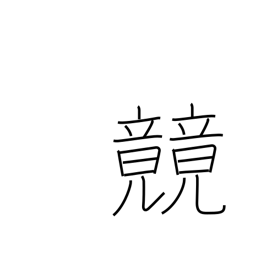
Meaning: race